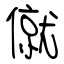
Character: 僦